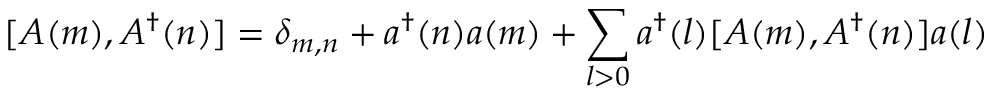
[ A ( m ) , A ^ { \dag } ( n ) ] = \delta _ { m , n } + a ^ { \dag } ( n ) a ( m ) + \sum _ { l > 0 } a ^ { \dag } ( l ) [ A ( m ) , A ^ { \dag } ( n ) ] a ( l )